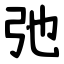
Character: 弛